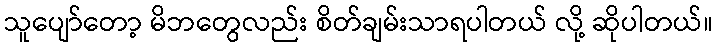
သူပျော်တော့ မိဘတွေလည်း စိတ်ချမ်းသာရပါတယ် လို့ ဆိုပါတယ်။